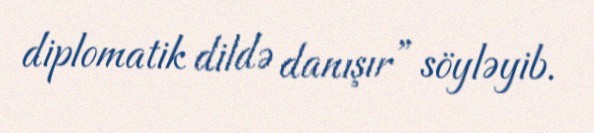
diplomatik dildə danışır” söyləyib.